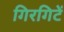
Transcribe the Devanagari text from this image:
गिरगिटें